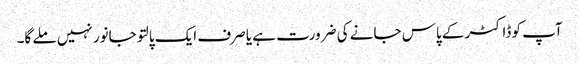
آپ کو ڈاکٹر کے پاس جانے کی ضرورت ہے یا صرف ایک پالتو جانور نہیں ملے گا۔